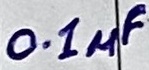
Text: 0.1µF